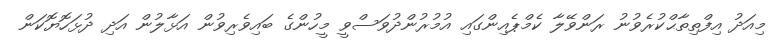
މިއަދު އިފްތިތާޙްކުރެވުނު ރަންވޭލާ ކެމްޕެއިންގައި އުމުރުންދުވަސްވީ މީހުންގެ ބައިވެރިވުން އަޅާލުން އަދި ދުޅަހޮޔޮކަން